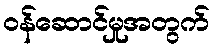
ဝန်ဆောင်မှုအတွက်